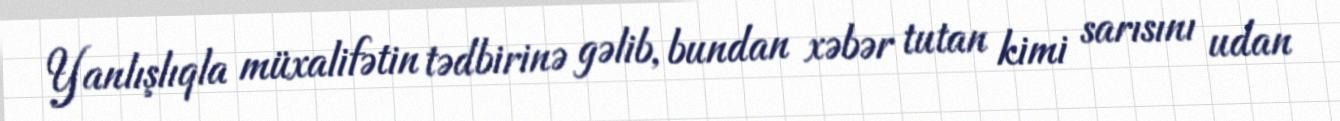
Yanlışlıqla müxalifətin tədbirinə gəlib, bundan xəbər tutan kimi sarısını udan